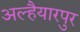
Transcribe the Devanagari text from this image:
अल्हैयारपुर